Sketch of the medical history of the native army of Bombay, for the year
Year: 1870
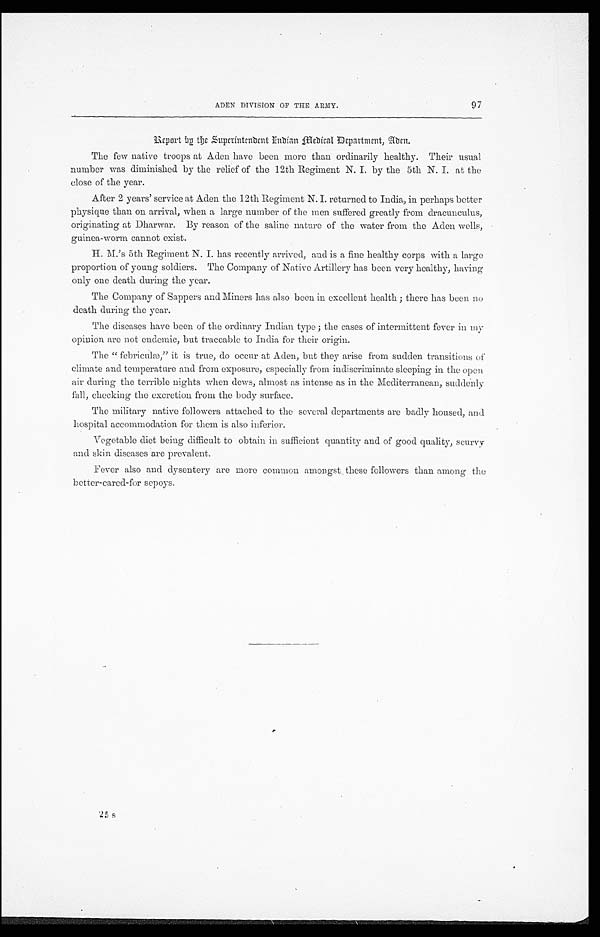
97
ADEN DIVISION OF THE ARMY.
Report by the Superintendent Indian Medical Department, Aden.
The few native troops at Aden have been more than ordinarily healthy. Their usual
number was diminished by the relief of the 12th Regiment N. I. by the 5th N. I. at the
close of the year.
After 2 years' service at Aden the 12th Regiment N. I. returned to India, in perhaps better
physique than on arrival, when a large number of the men suffered greatly from dracunculus,
originating at Dharwar. By reason of the saline nature of the water from the Aden wells,
guinea-worm cannot exist.
H. M.'s 5th Regiment N. I. has recently arrived, and is a fine healthy corps with a large
proportion of young soldiers. The Company of Native Artillery has been very healthy, having
only one death during the year.
The Company of Sappers and Miners has also been in excellent health; there has been no
death during the year.
The diseases have been of the ordinary Indian type; the cases of intermittent fever in my
opinion are not endemic, but traceable to India for their origin.
The "febriculæ," it is true, do occur at Aden, but they arise from sudden transitions of
climate and temperature and from exposure, especially from indiscriminate sleeping in the open
air during the terrible nights when dews, almost as intense as in the Mediterranean, suddenly
fall, checking the excretion from the body surface.
The military native followers attached to the several departments are badly housed, and
hospital accommodation for them is also inferior.
Vegetable diet being difficult to obtain in sufficient quantity and of good quality, scurvy
and skin diseases are prevalent.
Fever also and dysentery are more common amongst these followers than among the
better-cared-for sepoys.
2 5 s